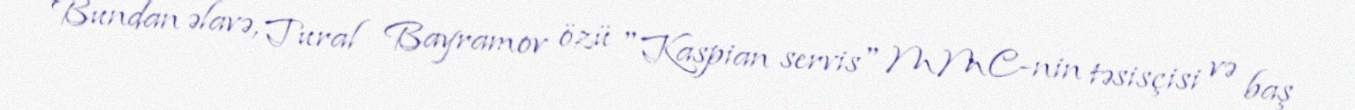
Bundan əlavə, Tural Bayramov özü "Kaspian servis" MMC-nin təsisçisi və baş